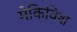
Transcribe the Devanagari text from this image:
मेकिविश